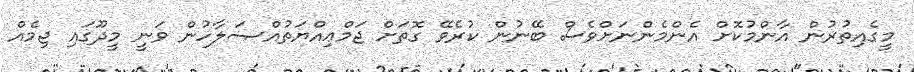
މީގެއިތުރުން އާންމުކޮށް އެންމެންނަށްވެސް ބޭނުން ކުރެވޭ ގޮތަށް ޖަމްޢިއްޔަތުއްޞަލާހުން ވަނީ މީދޫގައި ޖިމެއް